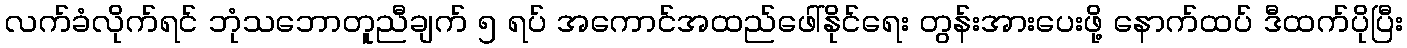
လက်ခံလိုက်ရင် ဘုံသဘောတူညီချက် ၅ ရပ် အကောင်အထည်ဖေါ်နိုင်ရေး တွန်းအားပေးဖို့ နောက်ထပ် ဒီထက်ပိုပြီး